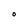
Character: O